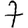
Digit: 7